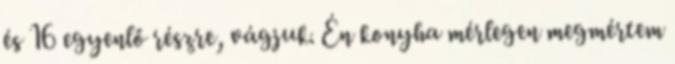
és 16 egyenlő részre, vágjuk. Én konyha mérlegen megmértem